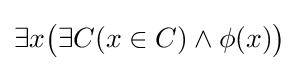
\exists x{\bigl (}\exists C(x\in C)\land \phi (x){\bigr )}